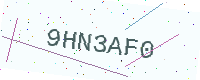
Text: 9HN3AF0